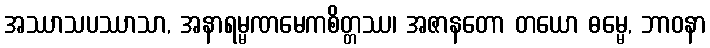
အဿာသပဿာသာ, အနာရမ္မဏမေကစိတ္တဿ၊ အဇာနတော တယော ဓမ္မေ, ဘာဝနာ